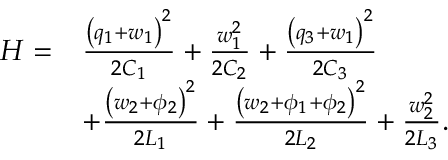
\begin{array} { r l } { H = } & { \frac { { \left( q _ { 1 } + w _ { 1 } \right) } ^ { 2 } } { 2 C _ { 1 } } + \frac { w _ { 1 } ^ { 2 } } { 2 C _ { 2 } } + \frac { { \left( q _ { 3 } + w _ { 1 } \right) } ^ { 2 } } { 2 C _ { 3 } } } \\ & { + \frac { { \left( w _ { 2 } + \phi _ { 2 } \right) } ^ { 2 } } { 2 L _ { 1 } } + \frac { { \left( w _ { 2 } + \phi _ { 1 } + \phi _ { 2 } \right) } ^ { 2 } } { 2 L _ { 2 } } + \frac { w _ { 2 } ^ { 2 } } { 2 L _ { 3 } } . } \end{array}